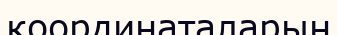
координаталарын